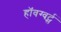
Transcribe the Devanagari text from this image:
हॉवग्वर्ट्स